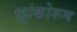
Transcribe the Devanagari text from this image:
फ़्रांकोरुम